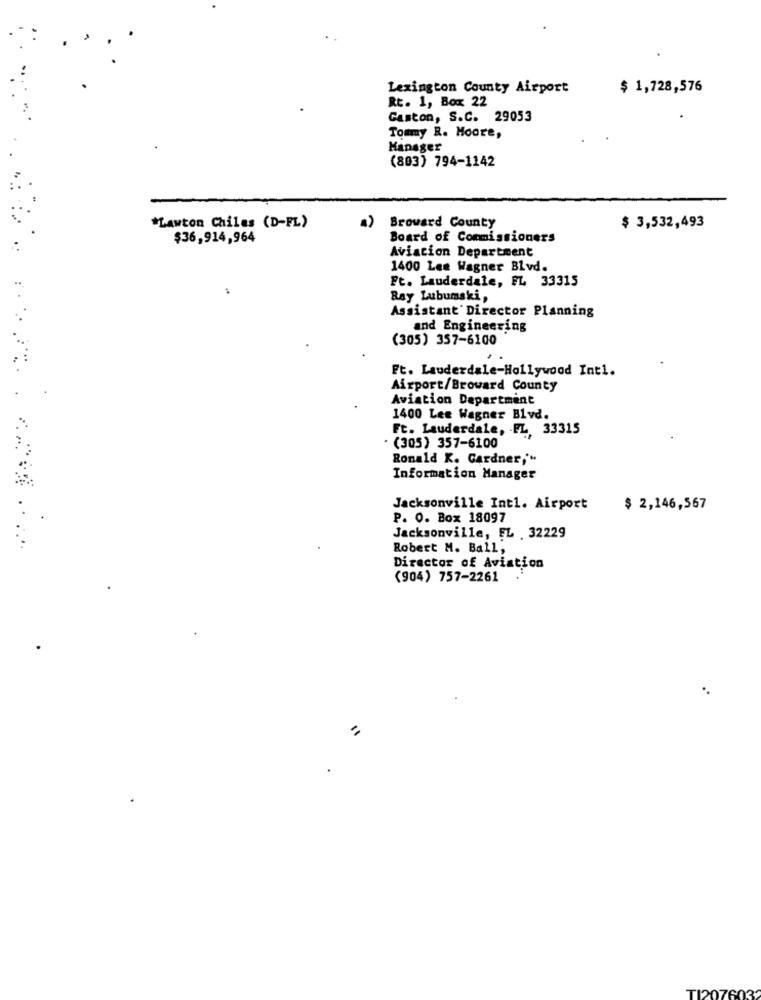
Lexington County Airport
$ 1,728,576
Rt. 1, Box 22
Gaston, S.C. 29053
Tommy R. Moore,
Manager
(803) 794-1142
*Lawton Chiles (D-FL)
Broward County
$ 3,532,493
$36,914,964
Board of Commissioners
Aviation Department
1400 Lee Wagner Blvd.
Ft. Lauderdale, FL 33315
Ray Lubumski,
Assistant Director Planning
and Engineering
(305) 357-6100
Ft. Lauderdale-Hollywood Int1.
Airport/Broward County
Aviation Department
1400 Lee Wagner Blvd.
Ft. Lauderdale, - FL, 33315
. (305) 357-6100
Ronald K. Gardner,'"
Information Manager
Jacksonville Int1. Airport
$ 2,146,567
P. O. Box 18097
Jacksonville, FL 32229
Robert M. Ball,
Director of Aviation
(904) 757-2261
TI